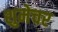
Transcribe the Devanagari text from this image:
शुमेचर